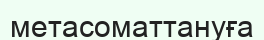
метасоматтануға